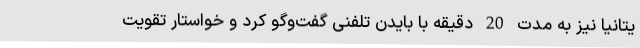
یتانیا نیز به مدت 20 دقیقه با بایدن تلفنی گفت‌وگو کرد و خواستار تقویت